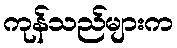
ကုန်သည်များက